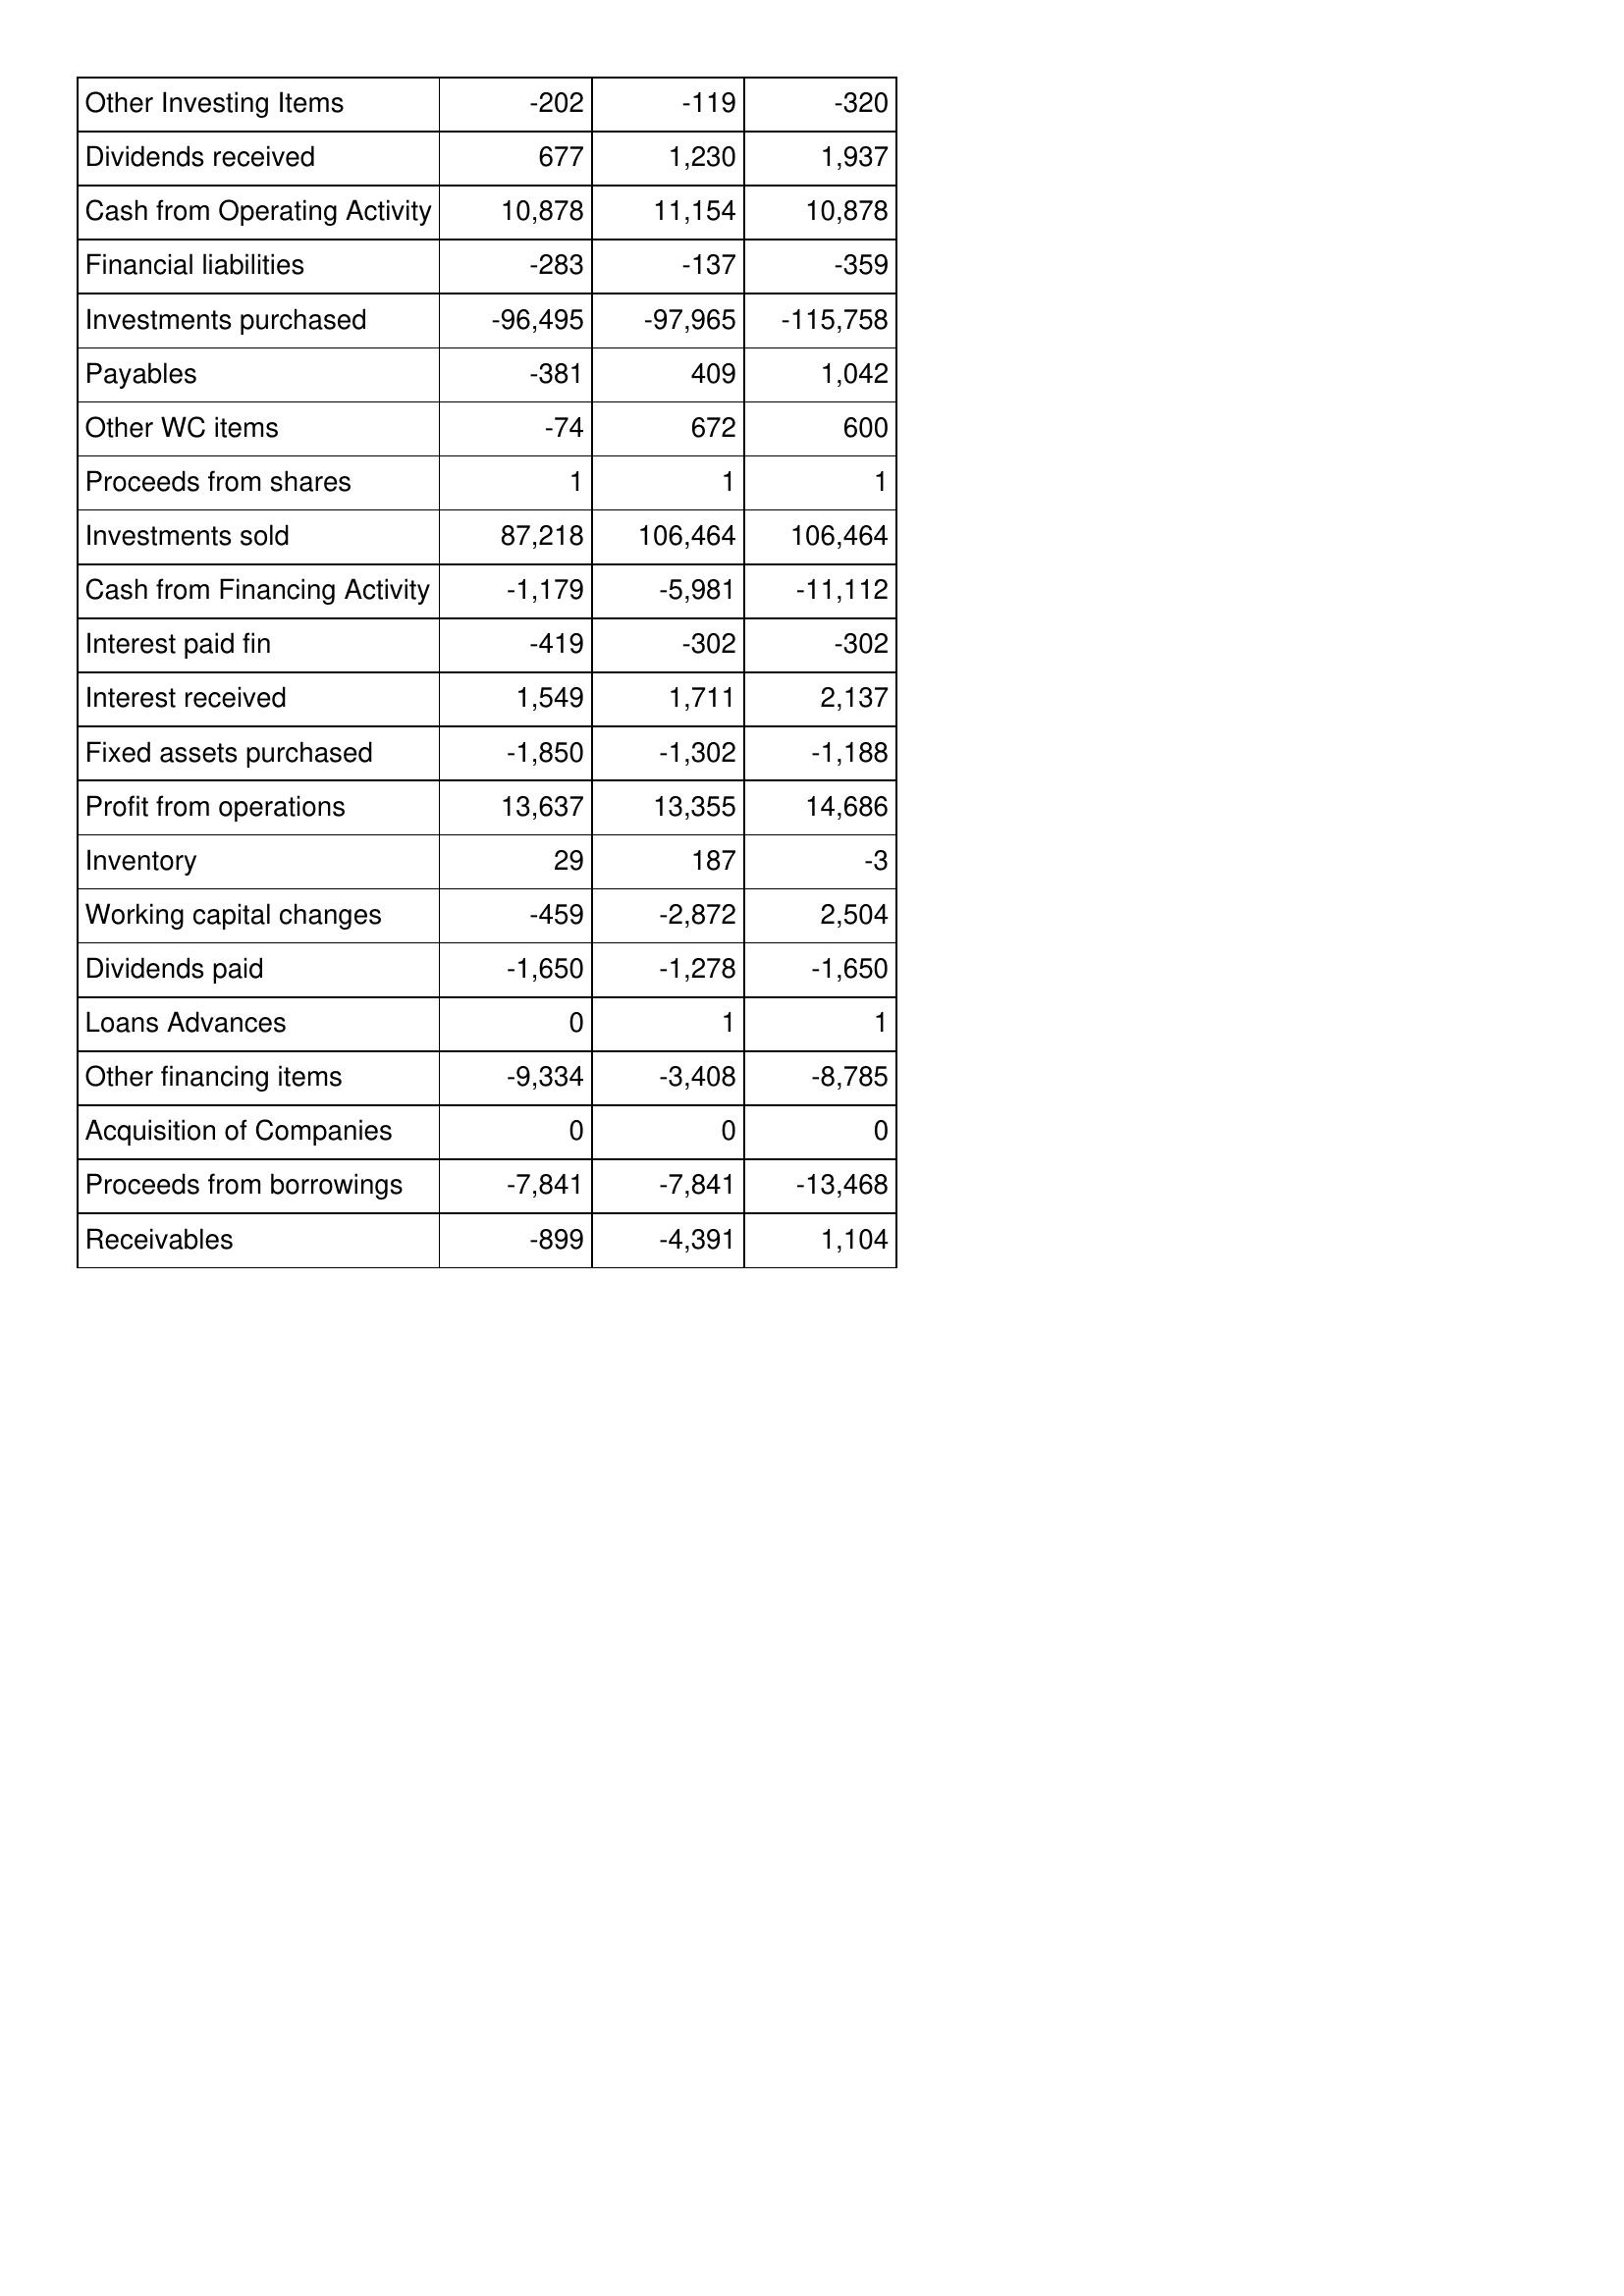
Apr-09: Cash Flows: Other Investing Items: -202
Dividends received: 677
Cash from Operating Activity: 10,878
Financial liabilities: -283
Investments purchased: -96,495
Payables: -381
Other WC items: -74
Proceeds from shares: 1
Investments sold: 87,218
Cash from Financing Activity: -1,179
Interest paid fin: -419
Interest received: 1,549
Fixed assets purchased: -1,850
Profit from operations: 13,637
Inventory: 29
Working capital changes: -459
Dividends paid: -1,650
Loans Advances: 0
Other financing items: -9,334
Acquisition of Companies: 0
Proceeds from borrowings: -7,841
Receivables: -899
Apr-10: Cash Flows: Other Investing Items: -119
Dividends received: 1,230
Cash from Operating Activity: 11,154
Financial liabilities: -137
Investments purchased: -97,965
Payables: 409
Other WC items: 672
Proceeds from shares: 1
Investments sold: 106,464
Cash from Financing Activity: -5,981
Interest paid fin: -302
Interest received: 1,711
Fixed assets purchased: -1,302
Profit from operations: 13,355
Inventory: 187
Working capital changes: -2,872
Dividends paid: -1,278
Loans Advances: 1
Other financing items: -3,408
Acquisition of Companies: 0
Proceeds from borrowings: -7,841
Receivables: -4,391
Apr-11: Cash Flows: Other Investing Items: -320
Dividends received: 1,937
Cash from Operating Activity: 10,878
Financial liabilities: -359
Investments purchased: -115,758
Payables: 1,042
Other WC items: 600
Proceeds from shares: 1
Investments sold: 106,464
Cash from Financing Activity: -11,112
Interest paid fin: -302
Interest received: 2,137
Fixed assets purchased: -1,188
Profit from operations: 14,686
Inventory: -3
Working capital changes: 2,504
Dividends paid: -1,650
Loans Advances: 1
Other financing items: -8,785
Acquisition of Companies: 0
Proceeds from borrowings: -13,468
Receivables: 1,104